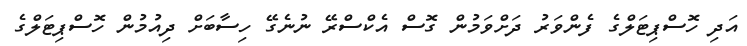
އަދި ހޮސްޕިޓަލްގެ ފެންވަރު ދަށްވަމުން ގޮސް އެކްސްރޭ ނުނެގޭ ހިސާބަށް ދިއުމުން ހޮސްޕިޓަލްގެ